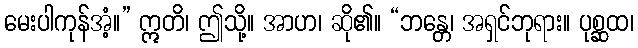
မေးပါကုန်အံ့။” ဣတိ၊ ဤသို့။ အာဟ၊ ဆို၏။ “ဘန္တေ၊ အရှင်ဘုရား။ ပုစ္ဆထ၊